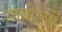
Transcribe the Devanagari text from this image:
थायोल्स